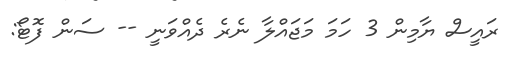
ރައީސް ޔާމިން 3 ހަމަ މަޖައްލާ ނެރެ ދެއްވަނީ -- ސަން ފޮޓޯ: